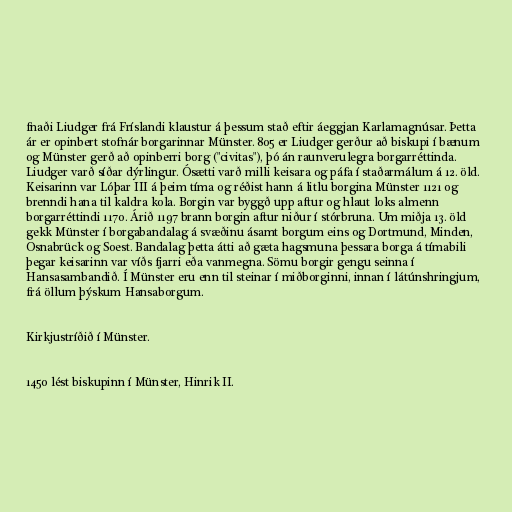
fnaði Liudger frá Fríslandi klaustur á þessum stað eftir áeggjan Karlamagnúsar. Þetta
ár er opinbert stofnár borgarinnar Münster. 805 er Liudger gerður að biskupi í bænum
og Münster gerð að opinberri borg ("civitas"), þó án raunverulegra borgarréttinda.
Liudger varð síðar dýrlingur. Ósætti varð milli keisara og páfa í staðarmálum á 12. öld.
Keisarinn var Lóþar III á þeim tíma og réðist hann á litlu borgina Münster 1121 og
brenndi hana til kaldra kola. Borgin var byggð upp aftur og hlaut loks almenn
borgarréttindi 1170. Árið 1197 brann borgin aftur niður í stórbruna. Um miðja 13. öld
gekk Münster í borgabandalag á svæðinu ásamt borgum eins og Dortmund, Minden,
Osnabrück og Soest. Bandalag þetta átti að gæta hagsmuna þessara borga á tímabili
þegar keisarinn var víðs fjarri eða vanmegna. Sömu borgir gengu seinna í
Hansasambandið. Í Münster eru enn til steinar í miðborginni, innan í látúnshringjum,
frá öllum þýskum Hansaborgum.

Kirkjustríðið í Münster.

1450 lést biskupinn í Münster, Hinrik II.